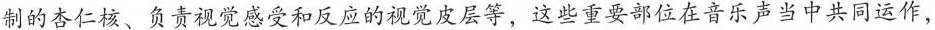
制的杏仁核、负责视觉感受和反应的视觉皮层等，这些重要部位在音乐声当中共同运作，